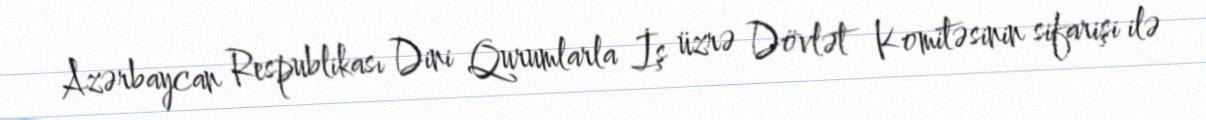
Azərbaycan Respublikası Dini Qurumlarla İş üzrə Dövlət Komitəsinin sifarişi ilə